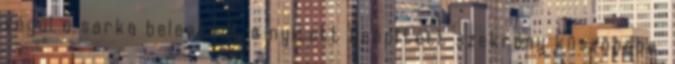
végül a sarka beleakadt a nyitott beépített szekrény küszöbébe,